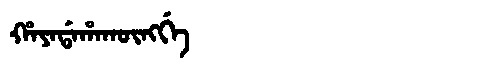
Manchu: ᡥᠠᠶᠠᡩᠠᡥᠠᡴᡡᠩᡤᡝ
Romanization: HAYADAHAKŪNGGE